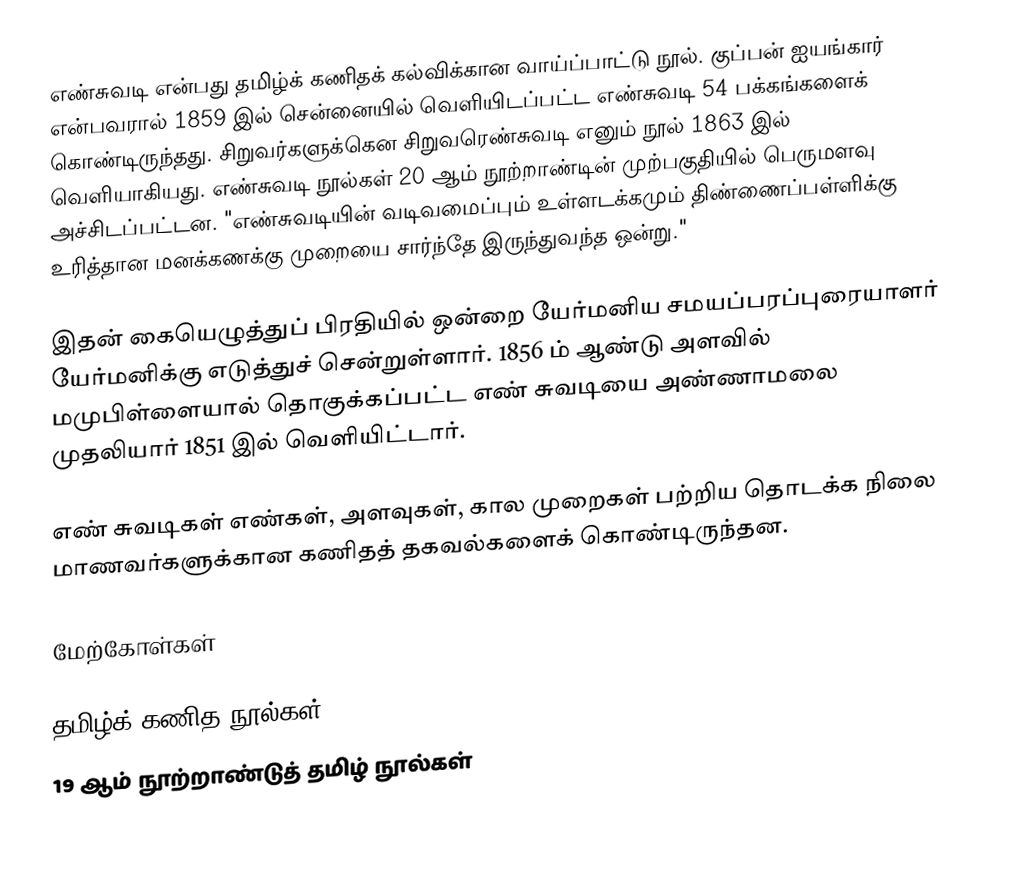
எண்சுவடி என்பது தமிழ்க் கணிதக் கல்விக்கான வாய்ப்பாட்டு நூல். குப்பன் ஐயங்கார் என்பவரால் 1859 இல் சென்னையில் வெளியிடப்பட்ட எண்சுவடி 54 பக்கங்களைக் கொண்டிருந்தது. சிறுவர்களுக்கென சிறுவரெண்சுவடி எனும் நூல் 1863 இல் வெளியாகியது.  எண்சுவடி நூல்கள் 20 ஆம் நூற்றாண்டின் முற்பகுதியில் பெருமளவு அச்சிடப்பட்டன.   "எண்சுவடியின் வடிவமைப்பும் உள்ளடக்கமும் திண்ணைப்பள்ளிக்கு உரித்தான மனக்கணக்கு முறையை சார்ந்தே இருந்துவந்த ஒன்று."

இதன் கையெழுத்துப் பிரதியில் ஒன்றை யேர்மனிய சமயப்பரப்புரையாளர் யேர்மனிக்கு எடுத்துச் சென்றுள்ளார்.  1856 ம் ஆண்டு அளவில் மமுபிள்ளையால் தொகுக்கப்பட்ட எண் சுவடியை அண்ணாமலை முதலியார் 1851 இல் வெளியிட்டார்.

எண் சுவடிகள் எண்கள், அளவுகள், கால முறைகள் பற்றிய தொடக்க நிலை மாணவர்களுக்கான கணிதத் தகவல்களைக் கொண்டிருந்தன.

மேற்கோள்கள்

தமிழ்க் கணித நூல்கள்
19 ஆம் நூற்றாண்டுத் தமிழ் நூல்கள்